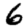
Digit: 6